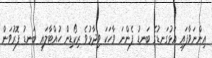
އިންނަވާފައި އަޅުގަނޑުގެ ބަނޑު ފެންނަ ވާހަކަ ވިދާޅުވެ ރިކޯޑިން ހުއްޓާލައި ބަނޑު ފޮރުވަން